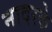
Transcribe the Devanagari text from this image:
नादरके